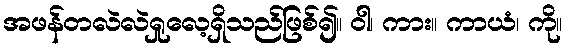
အဖန်တလဲလဲရှုလေ့ရှိသည်ဖြစ်၍။ ဝါ၊ ကား။ ကာယံ၊ ကို။